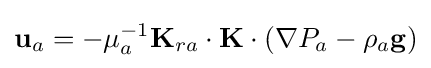
\mathbf {u} _{a}=-\mu _{a}^{-1}\mathbf {K} _{ra}\cdot \mathbf {K} \cdot \left(\nabla P_{a}-\rho _{a}\mathbf {g} \right)